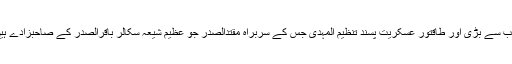
سب سے بڑی اور طاقتور عسکریت پسند تنظیم المہدی جس کے سربراہ مقتدالصدر جو عظیم شیعہ سکالر باقرالصدر کے صاحبزادے ہیں۔